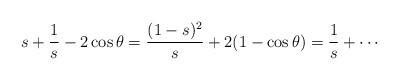
LaTeX: \begin{align*} s+\frac 1s-2\cos\theta=\frac{(1-s)^2}s+2(1-\cos\theta)=\frac 1s+\cdots\end{align*}